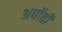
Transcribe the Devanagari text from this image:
अर्घोती